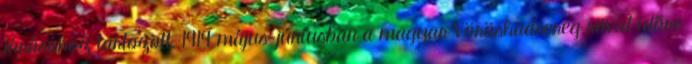
járásához tartozott. 1919 május-júniusban a magyar Vöröshadsereg rövid időre